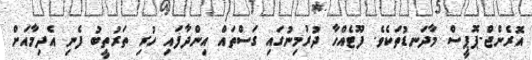
އޮރެންޖް-ޕޮޕީސް މާދަނޑުތަކެވެ. ފޫޓެއްހާ ދުރުމިނުގައި ގަސްތައް އިންދާފައި ހުރި ތަރުތީބު ފެނި އެދިމާއަށް